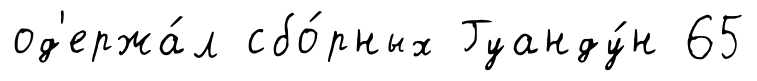
од'ержа́л сбо́рных Гуанду́н 65